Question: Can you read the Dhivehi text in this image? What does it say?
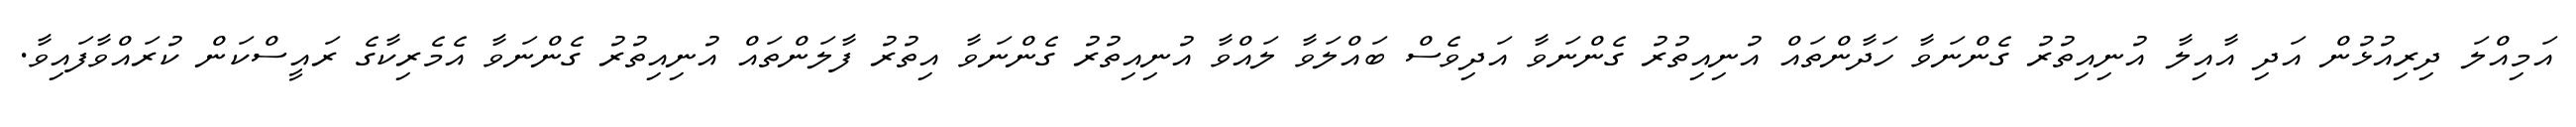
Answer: އަމިއްލަ ދިރިއުޅުން އަދި އާއިލާ އުނިއިތުރު ގެންނަވާ ހަދާންތައް އުނިއިތުރު ގެންނަވާ އަދިވެސް ބައްލަވާ ލައްވާ އުނިއިތުރު ގެންނަވާ އިތުރު ފާލަންތައް އުނިއިތުރު ގެންނަވާ އެމެރިކާގެ ރައީސްކަން ކުރައްވާފައިވާ.